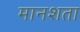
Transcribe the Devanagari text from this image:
मानशता